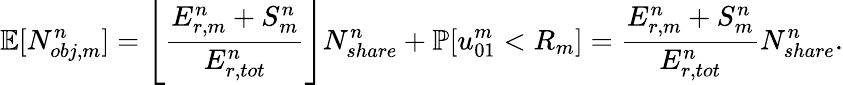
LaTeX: \mathbb{E}[N_{obj,m}^{n}]=\left\lfloor\frac{E_{r,m}^{n}+S_{m}^{n}}{E_{r,tot}^{n}}\right\rfloor N_{share}^{n}+\mathbb{P}[u_{01}^{m}<R_{m}]=\frac{E_{r,m}^{n}+S_{m}^{n}}{E_{r,tot}^{n}}N_{share}^{n}.